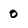
Character: 0